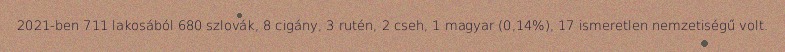
2021-ben 711 lakosából 680 szlovák, 8 cigány, 3 rutén, 2 cseh, 1 magyar (0,14%), 17 ismeretlen nemzetiségű volt.